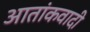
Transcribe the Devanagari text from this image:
आतांकवादी